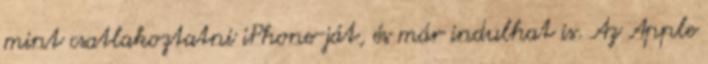
mint csatlakoztatni iPhone-ját, és már indulhat is. Az Apple